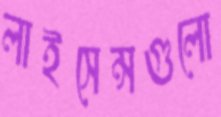
লাইসেন্সগুলো